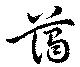
藹